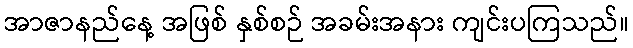
အာဇာနည်နေ့ အဖြစ် နှစ်စဉ် အခမ်းအနား ကျင်းပကြသည်။